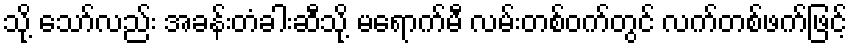
သို့ သော်လည်း အခန်းတံခါးဆီသို့ မရောက်မီ လမ်းတစ်ဝက်တွင် လက်တစ်ဖက်ဖြင့်